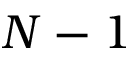
N - 1